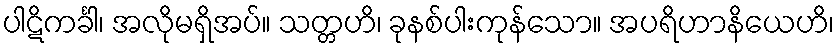
ပါဋိကင်္ခါ၊ အလိုမရှိအပ်။ သတ္တဟိ၊ ခုနစ်ပါးကုန်သော။ အပရိဟာနိယေဟိ၊